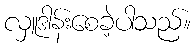
လှူဒါန်းစေခဲ့ပါသည်။